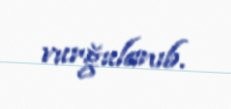
vurğulanıb.